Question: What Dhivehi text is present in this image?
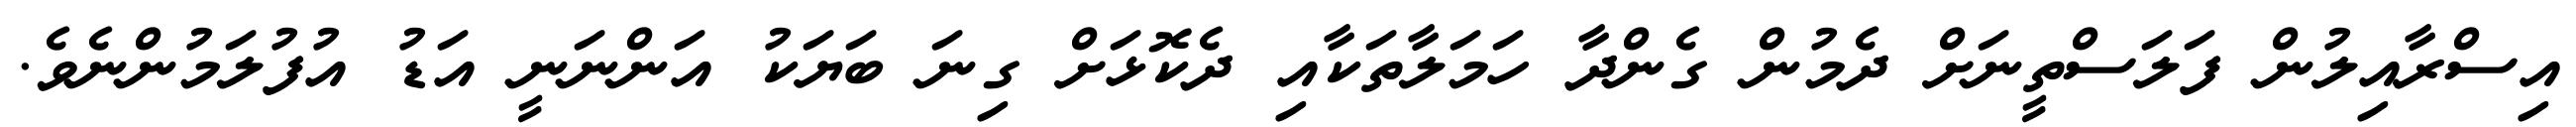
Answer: އިސްރާއިލުން ފަލަސްތީނަށް ދެމުން ގެންދާ ހަމަލާތަކާއި ދެކޮޅަށް ގިނަ ބަޔަކު އަންނަނީ އަޑު އުފުލަމުންނެވެ.